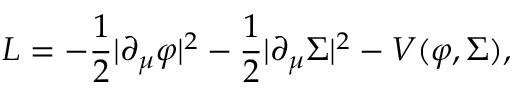
{ \cal L } = - { \frac { 1 } { 2 } } | \partial _ { \mu } \varphi | ^ { 2 } - { \frac { 1 } { 2 } } | \partial _ { \mu } \Sigma | ^ { 2 } - V ( \varphi , \Sigma ) ,